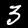
Digit: 3